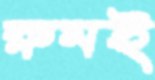
রুমই